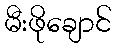
မီးဖိုချောင်